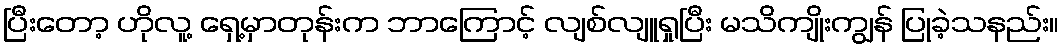
ပြီးတော့ ဟိုလူ့ ရှေ့မှာတုန်းက ဘာကြောင့် လျစ်လျူရှုပြီး မသိကျိုးကျွန် ပြုခဲ့သနည်း။